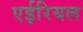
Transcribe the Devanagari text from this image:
एईरियल